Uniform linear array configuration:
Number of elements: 48
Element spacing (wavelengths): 0.25
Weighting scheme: binomial
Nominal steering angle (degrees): -45
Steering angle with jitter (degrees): -43.822
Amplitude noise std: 0.05
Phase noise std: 0.05

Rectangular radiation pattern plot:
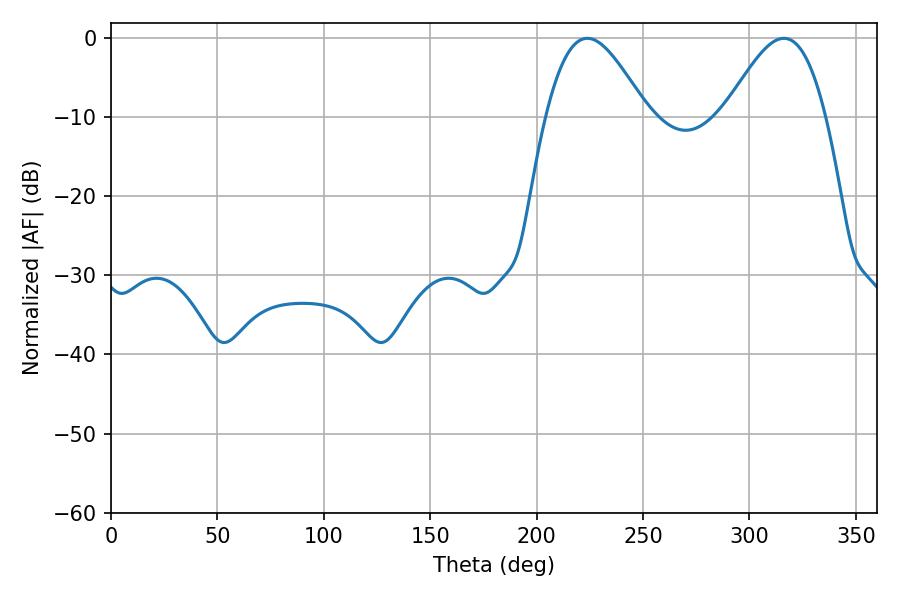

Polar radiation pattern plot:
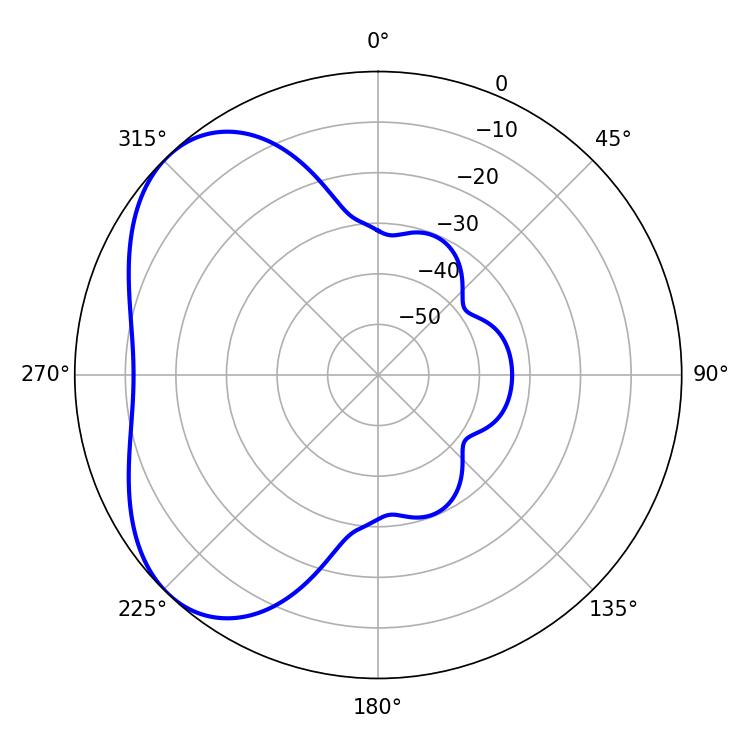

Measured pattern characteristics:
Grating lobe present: FALSE
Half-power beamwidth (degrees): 25.38
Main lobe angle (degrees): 223.74